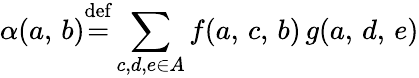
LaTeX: \alpha(a,\, b){\stackrel{\mathrm{def}}{=}}\displaystyle\sum_{c,d,e\in A}f(a,\, c,\, b)\, g(a,\, d,\, e)